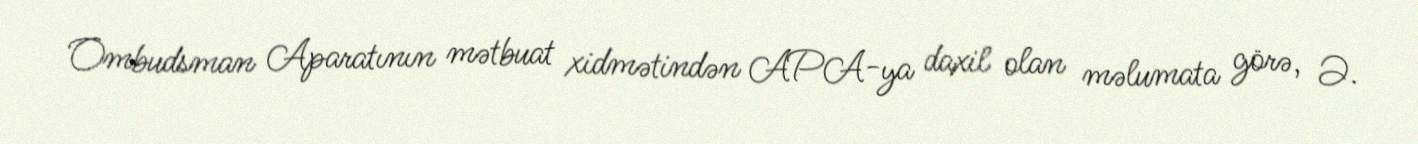
Ombudsman Aparatının mətbuat xidmətindən APA-ya daxil olan məlumata görə, Ə.